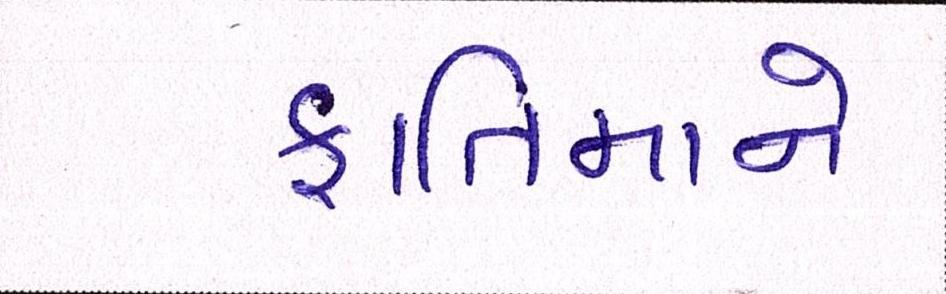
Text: ફાતિમાને